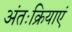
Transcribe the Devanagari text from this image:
अंतःक्रियाएं